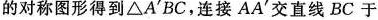
的对称图形得到△A^{\prime}BC，连接AA^{\prime}交直线BC于